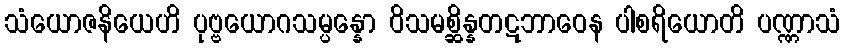
သံယောဇနိယေဟိ ပုဗ္ဗယောဂသမ္ပန္နော ဝိသမစ္ဆိန္နတဋဘာဝေန ပါစရိယောတိ ပဏ္ဏာသံ